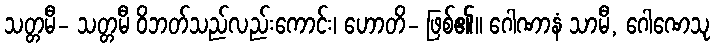
သတ္တမီ- သတ္တမီ ဝိဘတ်သည်လည်းကောင်း၊ ဟောတိ- ဖြစ်၏။ ဂေါဏာနံ သာမီ, ဂေါဏေသု